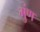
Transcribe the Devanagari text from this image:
गुंण